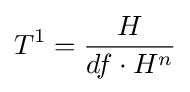
T^{1}={\frac {H}{df\cdot H^{n}}}